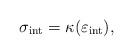
LaTeX: \begin{align*}\sigma_{\mathrm{int}} = \kappa(\varepsilon_{\mathrm{int}}),\end{align*}